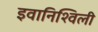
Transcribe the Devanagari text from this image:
इवानिश्विली